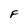
Character: F